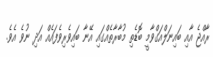
ރާއްޖެ އާއި ބައިނަލްއަގްވާމީ ބޮޑެތި މުބާރާތެއްގައި އޭނާ ބައިވެރިވެފައެއް އަދި ނުވެ އެވެ.